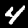
Digit: 4